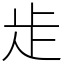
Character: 歨